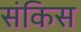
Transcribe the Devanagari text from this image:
संकिस